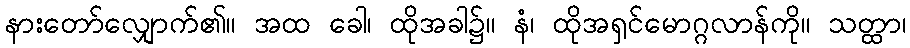
နားတော်လျှောက်၏။ အထ ခေါ၊ ထိုအခါ၌။ နံ၊ ထိုအရှင်မောဂ္ဂလာန်ကို။ သတ္ထာ၊